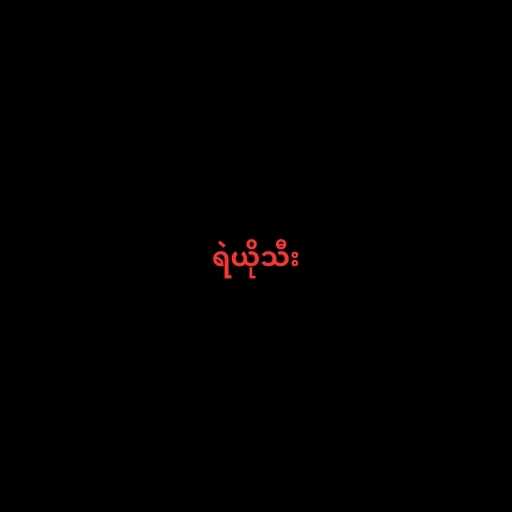
ရဲယိုသီး